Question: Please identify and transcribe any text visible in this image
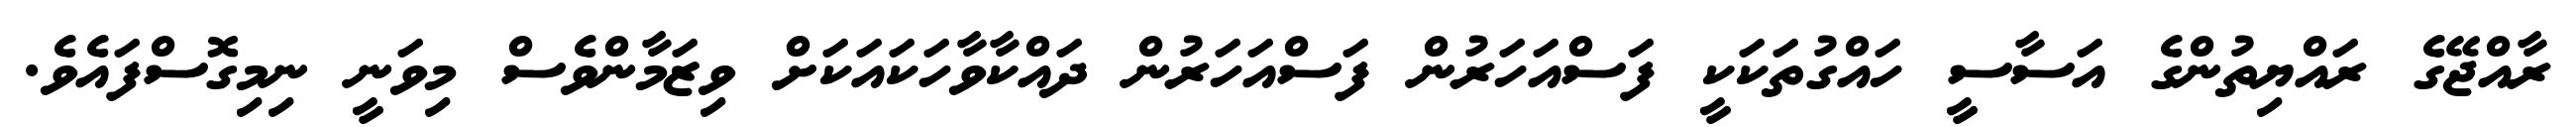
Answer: ރާއްޖޭގެ ރައްޔިތުންގެ އަސާސީ ހައްގުތަކަކީ ފަސްއަހަރުން ފަސްއަހަރުން ދައްކާވާހަކައަކަށް ވިޒަމާންވެސް މިވަނީ ނިމިގޮސްފައެވެ.